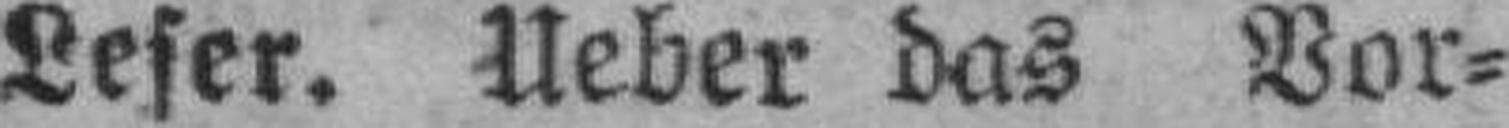
Leser. Ueber das Vor¬